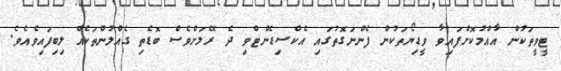
ޓީވީތަކުން އާއްމުކޮށްފައިވާ ވީޑިޔޯތަކުން ފެންނަގޮތުގައި އެކްސިޑެންޓްވި ދެ ރޭލަށްވެސް ބޮޑެތި ގެއްލުންތަކެއް ލިބިފައިވެއެވެ.